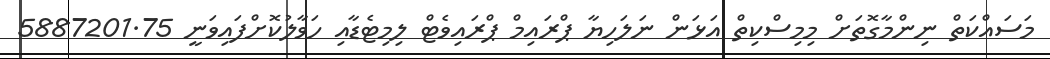
މަސައްކަތް ނިންމާގޮތަށް މިމިސްކިތް އަޅަން ނަލަހިޔާ ޕްރައިމް ޕްރައިވެޓް ލިމިޓެޑާއި ހަވާލުކޮށްފައިވަނީ 5887201.75